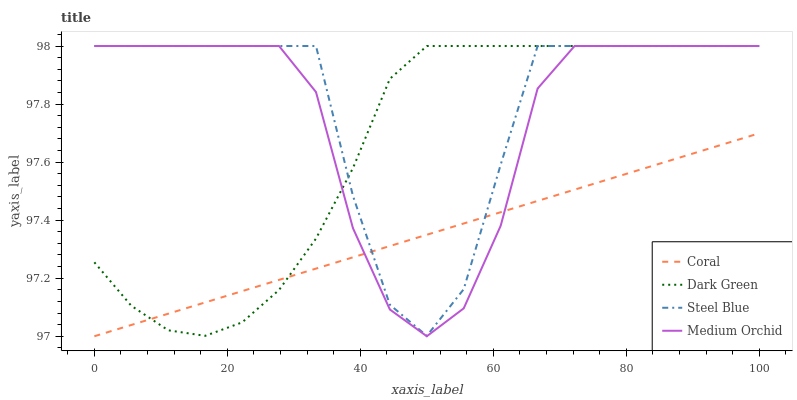
| xaxis_label | Coral | Dark Green | Steel Blue | Medium Orchid |
 | --- | --- | --- | --- | --- |
 | 0 | 97 | 97.3 | 98 | 98 |
 | 5.56 | 97 | 97.1 | 98 | 98 |
 | 11.1 | 97.1 | 97 | 98 | 98 |
 | 16.7 | 97.1 | 97 | 98 | 98 |
 | 22.2 | 97.2 | 97 | 98 | 98 |
 | 27.8 | 97.2 | 97.2 | 98 | 98 |
 | 33.3 | 97.2 | 97.3 | 98 | 97.8 |
 | 38.9 | 97.3 | 97.6 | 97.5 | 97.4 |
 | 44.4 | 97.3 | 97.9 | 97.1 | 97.1 |
 | 50 | 97.3 | 98 | 97 | 97 |
 | 55.6 | 97.4 | 98 | 97.2 | 97.1 |
 | 61.1 | 97.4 | 98 | 97.6 | 97.4 |
 | 66.7 | 97.5 | 98 | 98 | 97.9 |
 | 72.2 | 97.5 | 98 | 98 | 98 |
 | 77.8 | 97.5 | 98 | 98 | 98 |
 | 83.3 | 97.6 | 98 | 98 | 98 |
 | 88.9 | 97.6 | 98 | 98 | 98 |
 | 94.4 | 97.7 | 98 | 98 | 98 |
 | 100 | 97.7 | 98 | 98 | 98 |